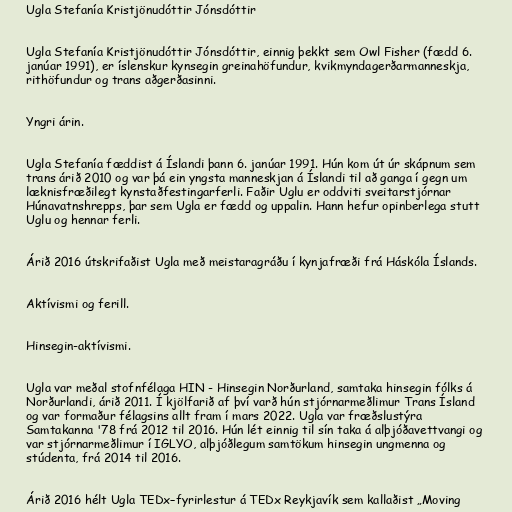
Ugla Stefanía Kristjönudóttir Jónsdóttir

Ugla Stefanía Kristjönudóttir Jónsdóttir, einnig þekkt sem Owl Fisher (fædd 6.
janúar 1991), er íslenskur kynsegin greinahöfundur, kvikmyndagerðarmanneskja,
rithöfundur og trans aðgerðasinni.

Yngri árin.

Ugla Stefanía fæddist á Íslandi þann 6. janúar 1991. Hún kom út úr skápnum sem
trans árið 2010 og var þá ein yngsta manneskjan á Íslandi til að ganga í gegn um
læknisfræðilegt kynstaðfestingarferli. Faðir Uglu er oddviti sveitarstjórnar
Húnavatnshrepps, þar sem Ugla er fædd og uppalin. Hann hefur opinberlega stutt
Uglu og hennar ferli.

Árið 2016 útskrifaðist Ugla með meistaragráðu í kynjafræði frá Háskóla Íslands.

Aktívismi og ferill.

Hinsegin-aktívismi.

Ugla var meðal stofnfélaga HIN - Hinsegin Norðurland, samtaka hinsegin fólks á
Norðurlandi, árið 2011. Í kjölfarið af því varð hún stjórnarmeðlimur Trans Ísland
og var formaður félagsins allt fram í mars 2022. Ugla var fræðslustýra
Samtakanna '78 frá 2012 til 2016. Hún lét einnig til sín taka á alþjóðavettvangi og
var stjórnarmeðlimur í IGLYO, alþjóðlegum samtökum hinsegin ungmenna og
stúdenta, frá 2014 til 2016.

Árið 2016 hélt Ugla TEDx–fyrirlestur á TEDx Reykjavík sem kallaðist „Moving